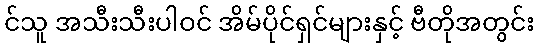
င်သူ အသီးသီးပါဝင် အိမ်ပိုင်ရှင်များနှင့် ဗီတိုအတွင်း